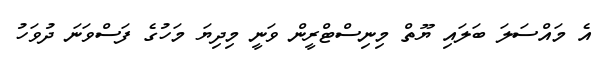
އެ މައްސަލަ ބަލައި ޔޫތް މިނިސްޓްރީން ވަނީ މިދިޔަ މަހުގެ ފަސްވަނަ ދުވަހު